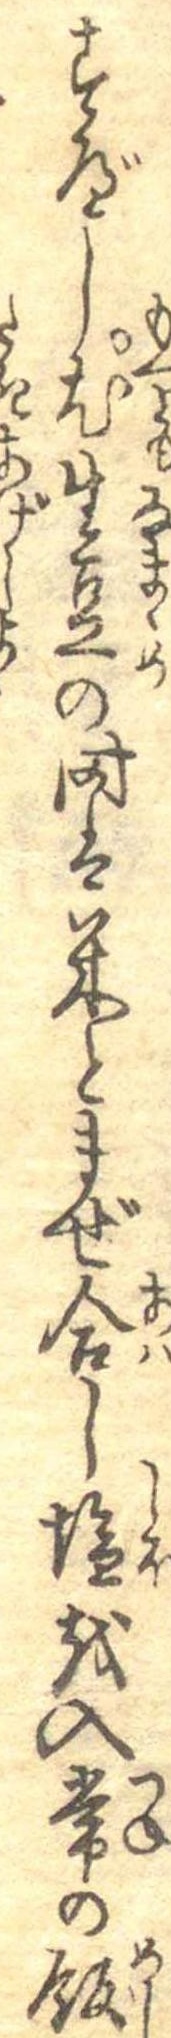
すべし尤生豆の時は米とまぜ合し塩を入常の飯